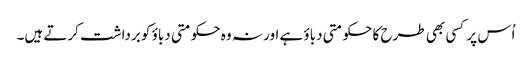
اُس پر کسی بھی طرح کا حکومتی دباؤ ہے اور نہ وہ حکومتی دباؤ کو برداشت کرتے ہیں۔